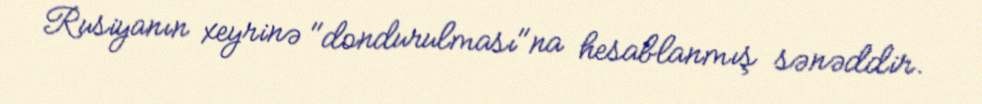
Rusiyanın xeyrinə "dondurulması"na hesablanmış sənəddir.